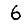
Digit: 6